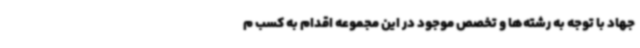
جهاد با توجه به رشته‌ها و تخصص موجود در این مجموعه اقدام به کسب م